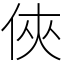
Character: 俠